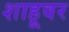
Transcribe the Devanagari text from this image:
शाहूवर